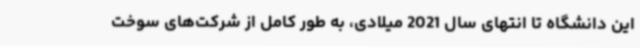
این دانشگاه تا انتهای سال 2021 میلادی، به طور کامل از شرکت‌های سوخت‌